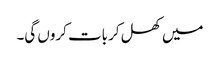
میں کھل کر بات کروں گی۔